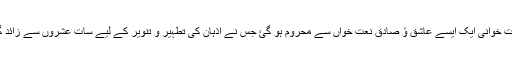
ان کی رحلت سے آسمان نعت خوانی ایک ایسے عاشق ؤ صادق نعت خواں سے محروم ہو گئ جس نے اذہان کی تطہیر و تنویر کے لیے سات عشروں سے زائد گراں قدر خدمات انجام دیں ۔